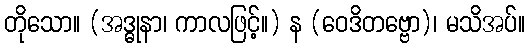
တိုသော။ (အဒ္ဓုနာ၊ ကာလဖြင့်။) န (ဝေဒိတဗ္ဗော)၊ မသိအပ်။